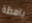
باهظة